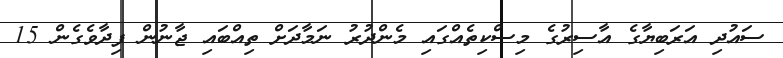
ސައުދި އަަރަބިޔާގެ އާސިރުގެ މިސްކިތެއްގައި މެންދުރު ނަމާދަށް ތިއްބައި ޖާނުން ފިދާވެގެން 15